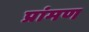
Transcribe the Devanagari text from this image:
प्रांमण